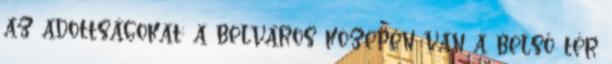
az adottságokat: a belváros közepén van a belső tér